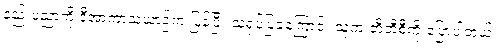
နည်းပညာကို ဒီအာကာသယာဉ်က ပြန်ပြီး သရုပ်ပြခဲ့ကြောင်း သူက ဘီဘီစီကို ပြောပါတယ်။